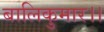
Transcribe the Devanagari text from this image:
बालिकुमार।।